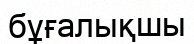
бұғалықшы